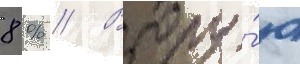
8 % // Втору́ю